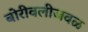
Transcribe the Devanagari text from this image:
बोरीवलीजवळ